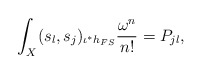
\begin{align*}\int_X(s_l,s_j)_{{\iota}^*h_{FS}}\frac{\omega^n}{n!} = P_{jl},\end{align*}